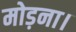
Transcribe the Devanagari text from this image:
मोड़ना।